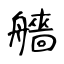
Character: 艢